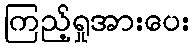
ကြည့်ရှုအားပေး